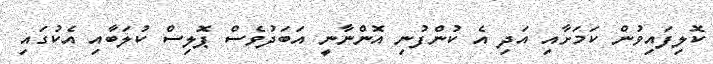
ކޮލިފައިވުން ކަމަށާއި އަދި އެ ކުންފުނި އޮންނާނީ އަބަދުވެސް ޕޮލިސް ކުލަބާއި އެކުގައި